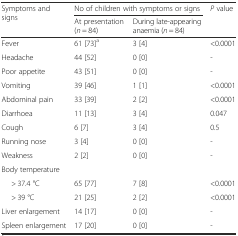
<table><thead><tr><td rowspan="2"><b>Symptoms and signs</b></td><td colspan="2"><b>No of children with symptoms or signs</b></td><td rowspan="2"><b><i>P</i> value</b></td></tr><tr><td><b>At presentation (<i>n</i> = 84)</b></td><td><b>During late-appearing anaemia (<i>n</i> = 84)</b></td></tr></thead><tbody><tr><td>Fever</td><td>61 [73]<sup>a</sup></td><td>3 [4]</td><td>&lt;0.0001</td></tr><tr><td>Headache</td><td>44 [52]</td><td>0 [0]</td><td>-</td></tr><tr><td>Poor appetite</td><td>43 [51]</td><td>0 [0]</td><td>-</td></tr><tr><td>Vomiting</td><td>39 [46]</td><td>1 [1]</td><td>&lt;0.0001</td></tr><tr><td>Abdominal pain</td><td>33 [39]</td><td>2 [2]</td><td>&lt;0.0001</td></tr><tr><td>Diarrhoea</td><td>11 [13]</td><td>3 [4]</td><td>0.047</td></tr><tr><td>Cough</td><td>6 [7]</td><td>3 [4]</td><td>0.5</td></tr><tr><td>Running nose</td><td>3 [4]</td><td>0 [0]</td><td>-</td></tr><tr><td>Weakness</td><td>2 [2]</td><td>0 [0]</td><td>-</td></tr><tr><td>Body temperature</td><td></td><td></td><td></td></tr><tr><td>&gt; 37.4 °C</td><td>65 [77]</td><td>7 [8]</td><td>&lt;0.0001</td></tr><tr><td>&gt; 39 °C</td><td>21 [25]</td><td>2 [2]</td><td>&lt;0.0001</td></tr><tr><td>Liver enlargement</td><td>14 [17]</td><td>0 [0]</td><td>-</td></tr><tr><td>Spleen enlargement</td><td>17 [20]</td><td>0 [0]</td><td>-</td></tr></tbody></table>